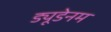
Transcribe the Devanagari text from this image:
ड्यूडेनम